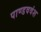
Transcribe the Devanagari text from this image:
पाण्डववंश